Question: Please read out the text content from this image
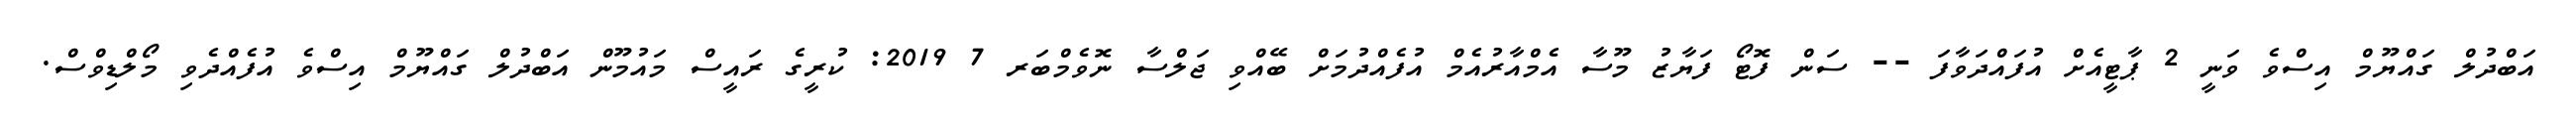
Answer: އަބްދުލް ގައްޔޫމް އިސްވެ ވަނީ 2 ޕާޓީއެށް އުފައްދަވާފަ -- ސަން ފޮޓޯ ފަޔާޒު މޫސާ އެމްއާރުއެމް އުފެއްދުމަށް ބޭއްވި ޖަލްސާ ނޮވެމްބަރ 7 2019: ކުރީގެ ރައީސް މައުމޫން އަބްދުލް ގައްޔޫމް އިސްވެ އުފެއްދެވި މޯލްޑިވްސް.